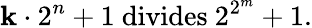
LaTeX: \mathbf{k}\cdot2^{n}+1{\mathrm{{~divides~}}}2^{2^{m}}+1.